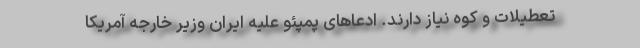
تعطیلات و کوه نیاز دارند. ادعاهای پمپئو علیه ایران وزیر خارجه آمریکا